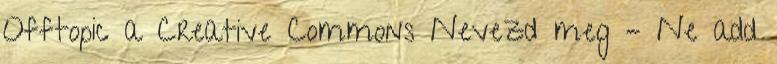
Offtopic a Creative Commons Nevezd meg – Ne add